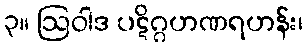
၃။ ဩဝါဒ ပဋိဂ္ဂဟဏရဟန်း၊